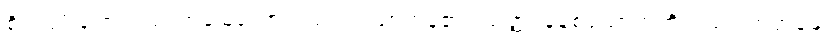
စိုက်ပျိုးချရာလယ်ယာမြေကောင်းသဖွယ်ဖြစ်ကုန်၏။ သတ္တ၊ ခုနစ်ယောက်တို့သည်။ ကတမေ၊